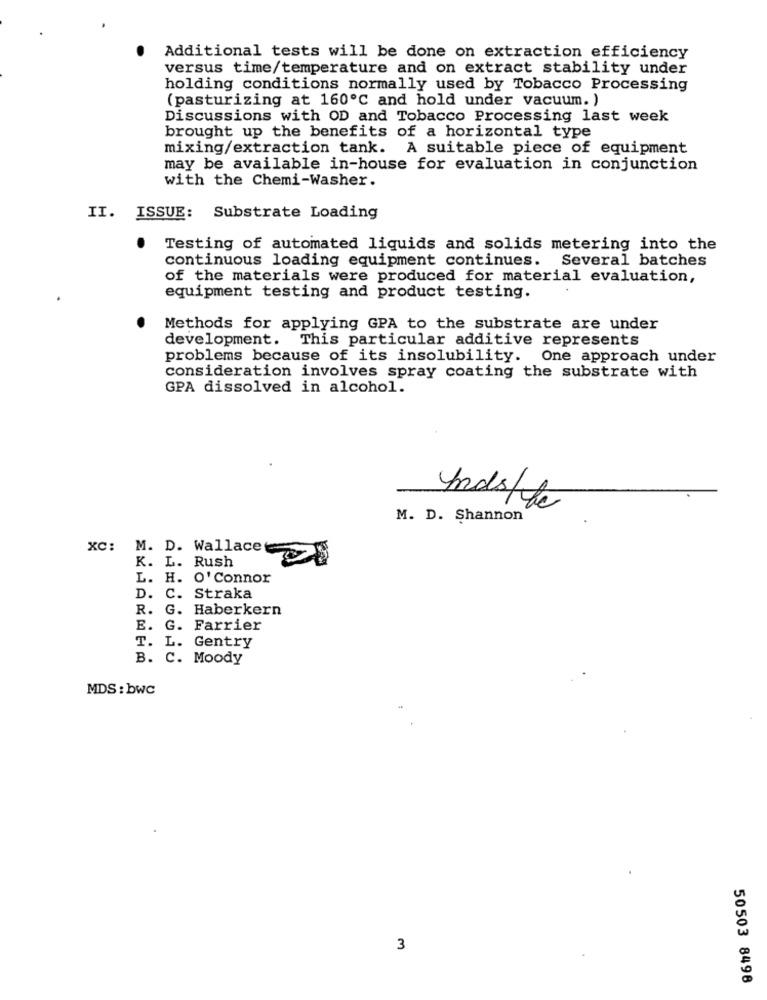
Additional tests will be done on extraction efficiency
versus time/temperature and on extract stability under
holding conditions normally used by Tobacco Processing
(pasturizing at 160℃ and hold under vacuum. )
Discussions with OD and Tobacco Processing last week
brought up the benefits of a horizontal type
mixing/extraction tank. A suitable piece of equipment
may be available in-house for evaluation in conjunction
with the Chemi-Washer.
II. ISSUE: Substrate Loading
Testing of automated liquids and solids metering into the
continuous loading equipment continues. Several batches
of the materials were produced for material evaluation,
equipment testing and product testing.
Methods for applying GPA to the substrate are under
development. This particular additive represents
problems because of its insolubility. One approach under
consideration involves spray coating the substrate with
GPA dissolved in alcohol.
Indsttc
M. D. Shannon
XC: M. D. Wallace
K. L. Rush
L. H. O' Connor
D. C. Straka
R. G. Haberkern
E.
G. Farrier
T. L. Gentry
B. C. Moody
MDS : bwc
3
50503 8498